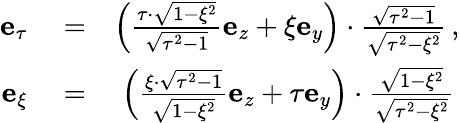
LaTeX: \begin{array}{rlr}{\mathbf{e}_{\tau}}&{{}=}&{\left(\frac{\tau\cdot\sqrt{1-\xi^{2}}}{\sqrt{\tau^{2}-1}}\mathbf{e}_{z}+\xi\mathbf{e}_{y}\right)\cdot\frac{\sqrt{\tau^{2}-1}}{\sqrt{\tau^{2}-\xi^{2}}}\, ,}\\ {\mathbf{e}_{\xi}}&{{}=}&{\left(\frac{\xi\cdot\sqrt{\tau^{2}-1}}{\sqrt{1-\xi^{2}}}\mathbf{e}_{z}+\tau\mathbf{e}_{y}\right)\cdot\frac{\sqrt{1-\xi^{2}}}{\sqrt{\tau^{2}-\xi^{2}}}\, }\end{array}